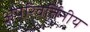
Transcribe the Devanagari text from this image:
अपरिवर्तिनीय